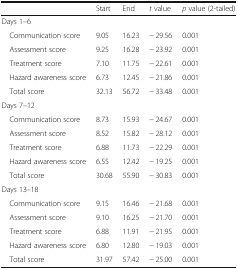
|  | Start | End | t value | p value (2-tailed) |
 | --- | --- | --- | --- | --- |
 | <COLSPAN=5> Days 1–6 |
 | Communication score | 9.05 | 16.23 | − 29.56 | 0.001 |
 | Assessment score | 9.25 | 16.28 | − 23.92 | 0.001 |
 | Treatment score | 7.10 | 11.75 | − 22.61 | 0.001 |
 | Hazard awareness score | 6.73 | 12.45 | − 21.86 | 0.001 |
 | Total score | 32.13 | 56.72 | − 33.48 | 0.001 |
 | <COLSPAN=5> Days 7–12 |
 | Communication score | 8.73 | 15.93 | − 24.67 | 0.001 |
 | Assessment score | 8.52 | 15.82 | − 28.12 | 0.001 |
 | Treatment score | 6.88 | 11.73 | − 22.29 | 0.001 |
 | Hazard awareness score | 6.55 | 12.42 | − 19.25 | 0.001 |
 | Total score | 30.68 | 55.90 | − 30.83 | 0.001 |
 | <COLSPAN=5> Days 13–18 |
 | Communication score | 9.15 | 16.46 | − 21.68 | 0.001 |
 | Assessment score | 9.10 | 16.25 | − 21.70 | 0.001 |
 | Treatment score | 6.88 | 11.91 | − 21.95 | 0.001 |
 | Hazard awareness score | 6.80 | 12.80 | − 19.03 | 0.001 |
 | Total score | 31.97 | 57.42 | − 25.00 | 0.001 |